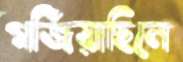
গর্জিয়াছিলে